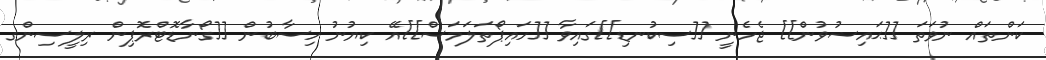
ކަންތައް ނުވަތަ [[ޙައިޟުވުން]] ޖެހެނީ [[ސިކުނޑި]]ގައިވާ [[ހައިޕޯތަލަމަސް]]އޭ ކިޔުނު ހިސާބުން [[ގޯނާޑޮޓްރޮޕިން ރިލީސިންގ